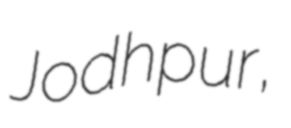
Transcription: Jodhpur,